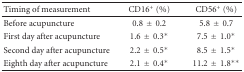
<table><thead><tr><td><b>Timing of measurement</b></td><td><b>CD16<sup>+</sup> (%)</b></td><td><b>CD56<sup>+</sup> (%)</b></td></tr></thead><tbody><tr><td>Before acupuncture</td><td>0.8±0.2</td><td>5.8±0.7</td></tr><tr><td>First day after acupuncture</td><td>1.6±0.3*</td><td>7.5±1.0*</td></tr><tr><td>Second day after acupuncture</td><td>2.2±0.5*</td><td>8.5±1.5*</td></tr><tr><td>Eighth day after acupuncture</td><td>2.1±0.4*</td><td>11.2±1.8**</td></tr></tbody></table>